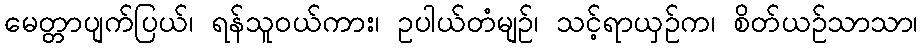
မေတ္တာပျက်ပြယ်၊ ရန်သူဝယ်ကား၊ ဥပါယ်တံမျဉ်၊ သင့်ရာယှဉ်က၊ စိတ်ယဉ်သာသာ၊